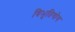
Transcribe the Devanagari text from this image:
विभुतियोग